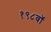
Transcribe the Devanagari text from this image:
१९८वॉ